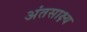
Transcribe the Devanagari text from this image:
अंतसाक्ष्य